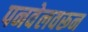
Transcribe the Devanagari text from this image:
पनवेलवरून